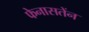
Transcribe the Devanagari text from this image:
फेनासतेंन